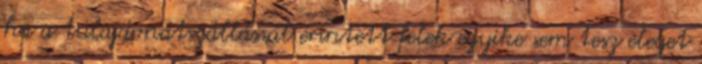
ha a tulajdonátszállással érintett felek egyike sem tesz eleget